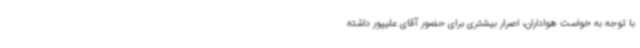
با توجه به خواست هواداران، اصرار بیشتری برای حضور آقای علیپور داشته